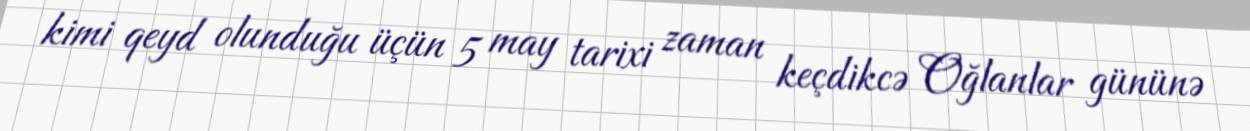
kimi qeyd olunduğu üçün 5 may tarixi zaman keçdikcə Oğlanlar gününə